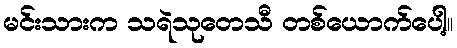
မင်းသားက သရဲသုတေသီ တစ်ယောက်ပေါ့။